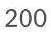
200